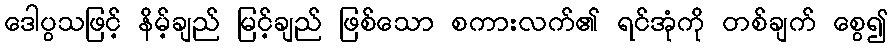
ဒေါပွသဖြင့် နိမ့်ချည် မြင့်ချည် ဖြစ်သော စကားလက်၏ ရင်အုံကို တစ်ချက် စွေ၍